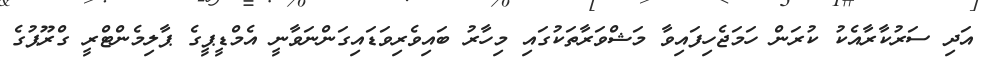
އަދި ސަރުކާރާއެކު ކުރަން ހަމަޖެހިފައިވާ މަޝްވަރާތަކުގައި މިހާރު ބައިވެރިވަޑައިގަންނަވާނީ އެމްޑީޕީގެ ޕާލިމެންޓްރީ ގްރޫޕުގެ